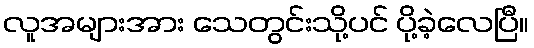
လူအများအား သေတွင်းသို့ပင် ပို့ခဲ့လေပြီ။